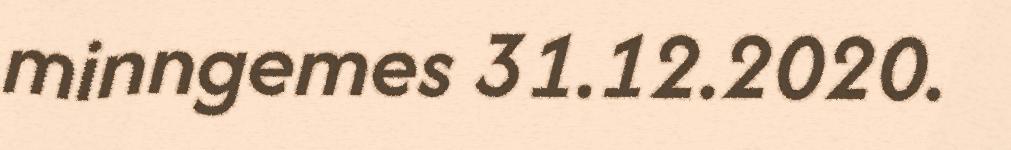
minngemes 31.12.2020.